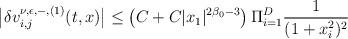
LaTeX: \begin{align*}{\big |}\delta v^{\nu,\epsilon,-,(1)}_{i,j}(t,x){\big |}\leq \left( C+C|x_1|^{2\beta_0-3}\right)\Pi_{i=1}^D\frac{1}{(1+x_i^2)^2}\end{align*}